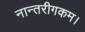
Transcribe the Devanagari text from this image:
नान्तरीगकम।